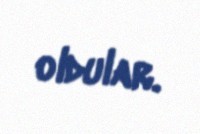
oldular.